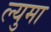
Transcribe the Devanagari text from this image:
ल्युमा